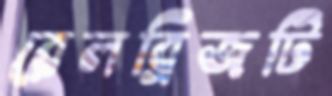
রেলব্রিজটি